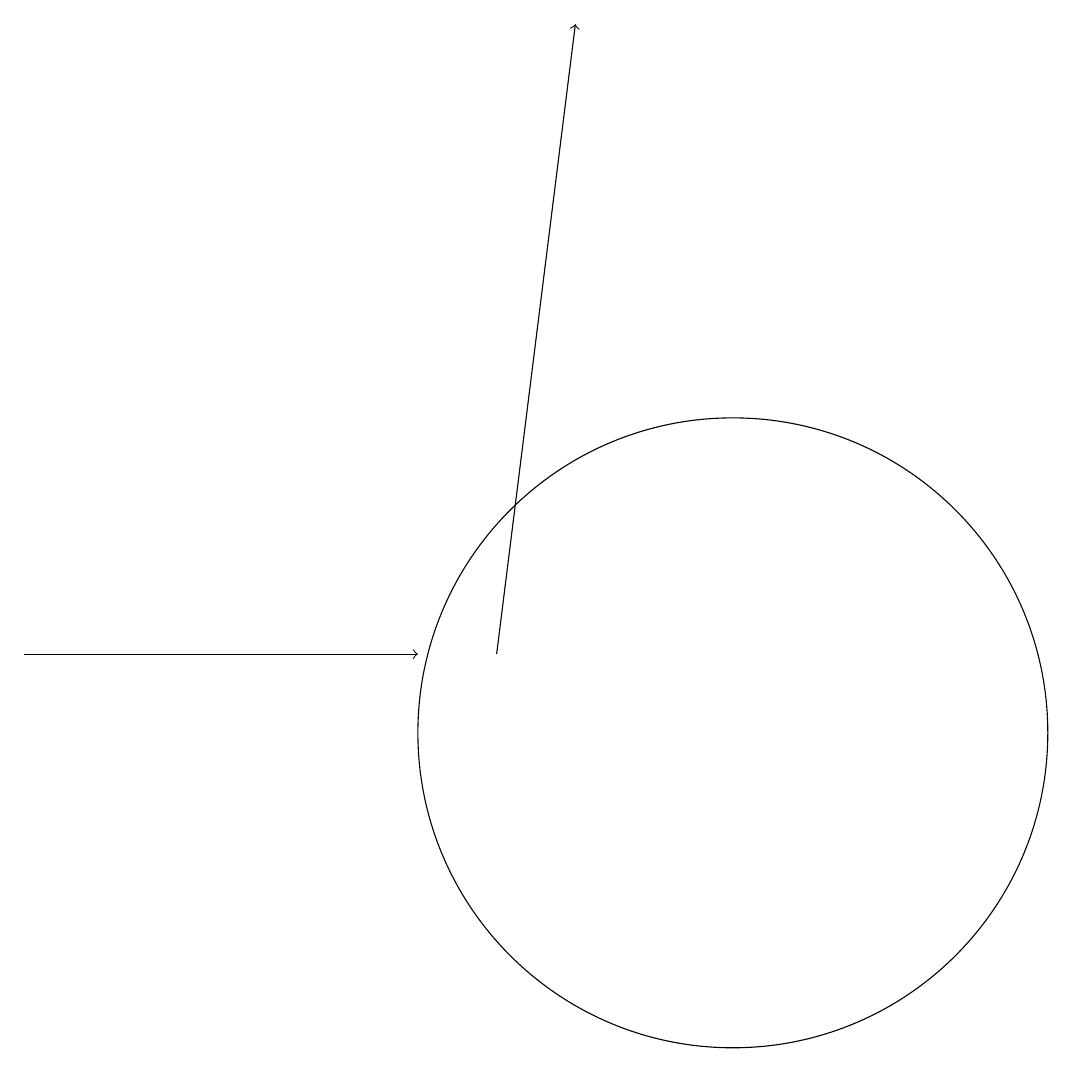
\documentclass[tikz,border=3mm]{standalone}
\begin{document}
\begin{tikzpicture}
\draw[->] (1,11) -- (6,11);
\draw (10,10) circle (4);
\draw[->] (7,11) -- (8,19);
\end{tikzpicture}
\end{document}